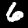
Label: 6